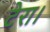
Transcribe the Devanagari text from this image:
टेरा।